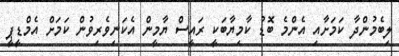
ލިބެމުންދާ ކަމަށާއި އެންމެ ބޮޑު ކާމިޔާބަކީ ރައީސް ޔާމީން އެކަނިވެރިވުން ކަމަށް އެމްޑީޕީ